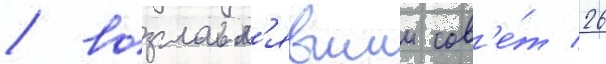
/ возглавл'явшии сов'е́т 26